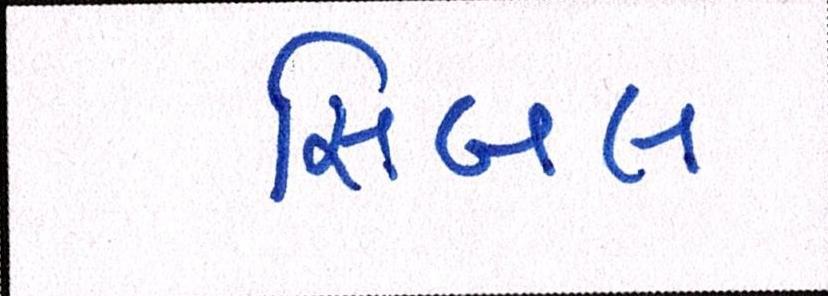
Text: સિબલ